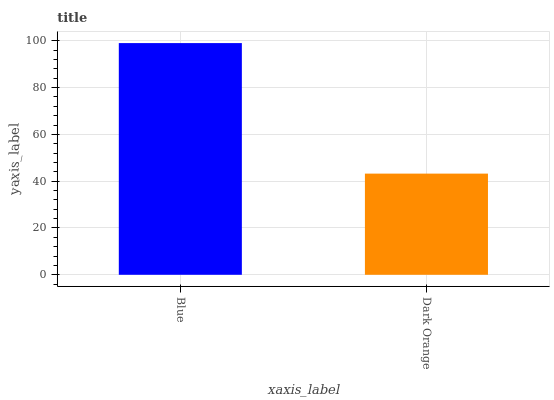
| xaxis_label | bars |
 | --- | --- |
 | Blue | 99 |
 | Dark Orange | 43.2 |